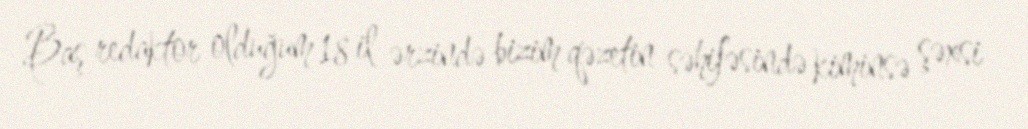
Baş redaktor olduğum 18 il ərzində bizim qəzetin səhifəsində kiminsə şəxsi